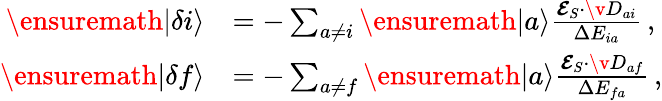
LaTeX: \begin{array}{rl}{\ensuremath{|\delta i\rangle}}&{=-\sum_{a\neq i}\ensuremath{|a\rangle}\frac{{\mathbfcal{E}}_{S}\cdot\v{D}_{ai}}{\Delta{E_{ia}}}\, ,}\\ {\ensuremath{|\delta f\rangle}}&{=-\sum_{a\neq f}\ensuremath{|a\rangle}\frac{{\mathbfcal{E}}_{S}\cdot\v{D}_{af}}{\Delta{E_{fa}}}\, ,}\end{array}